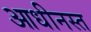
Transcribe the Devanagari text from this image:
आधीनस्त